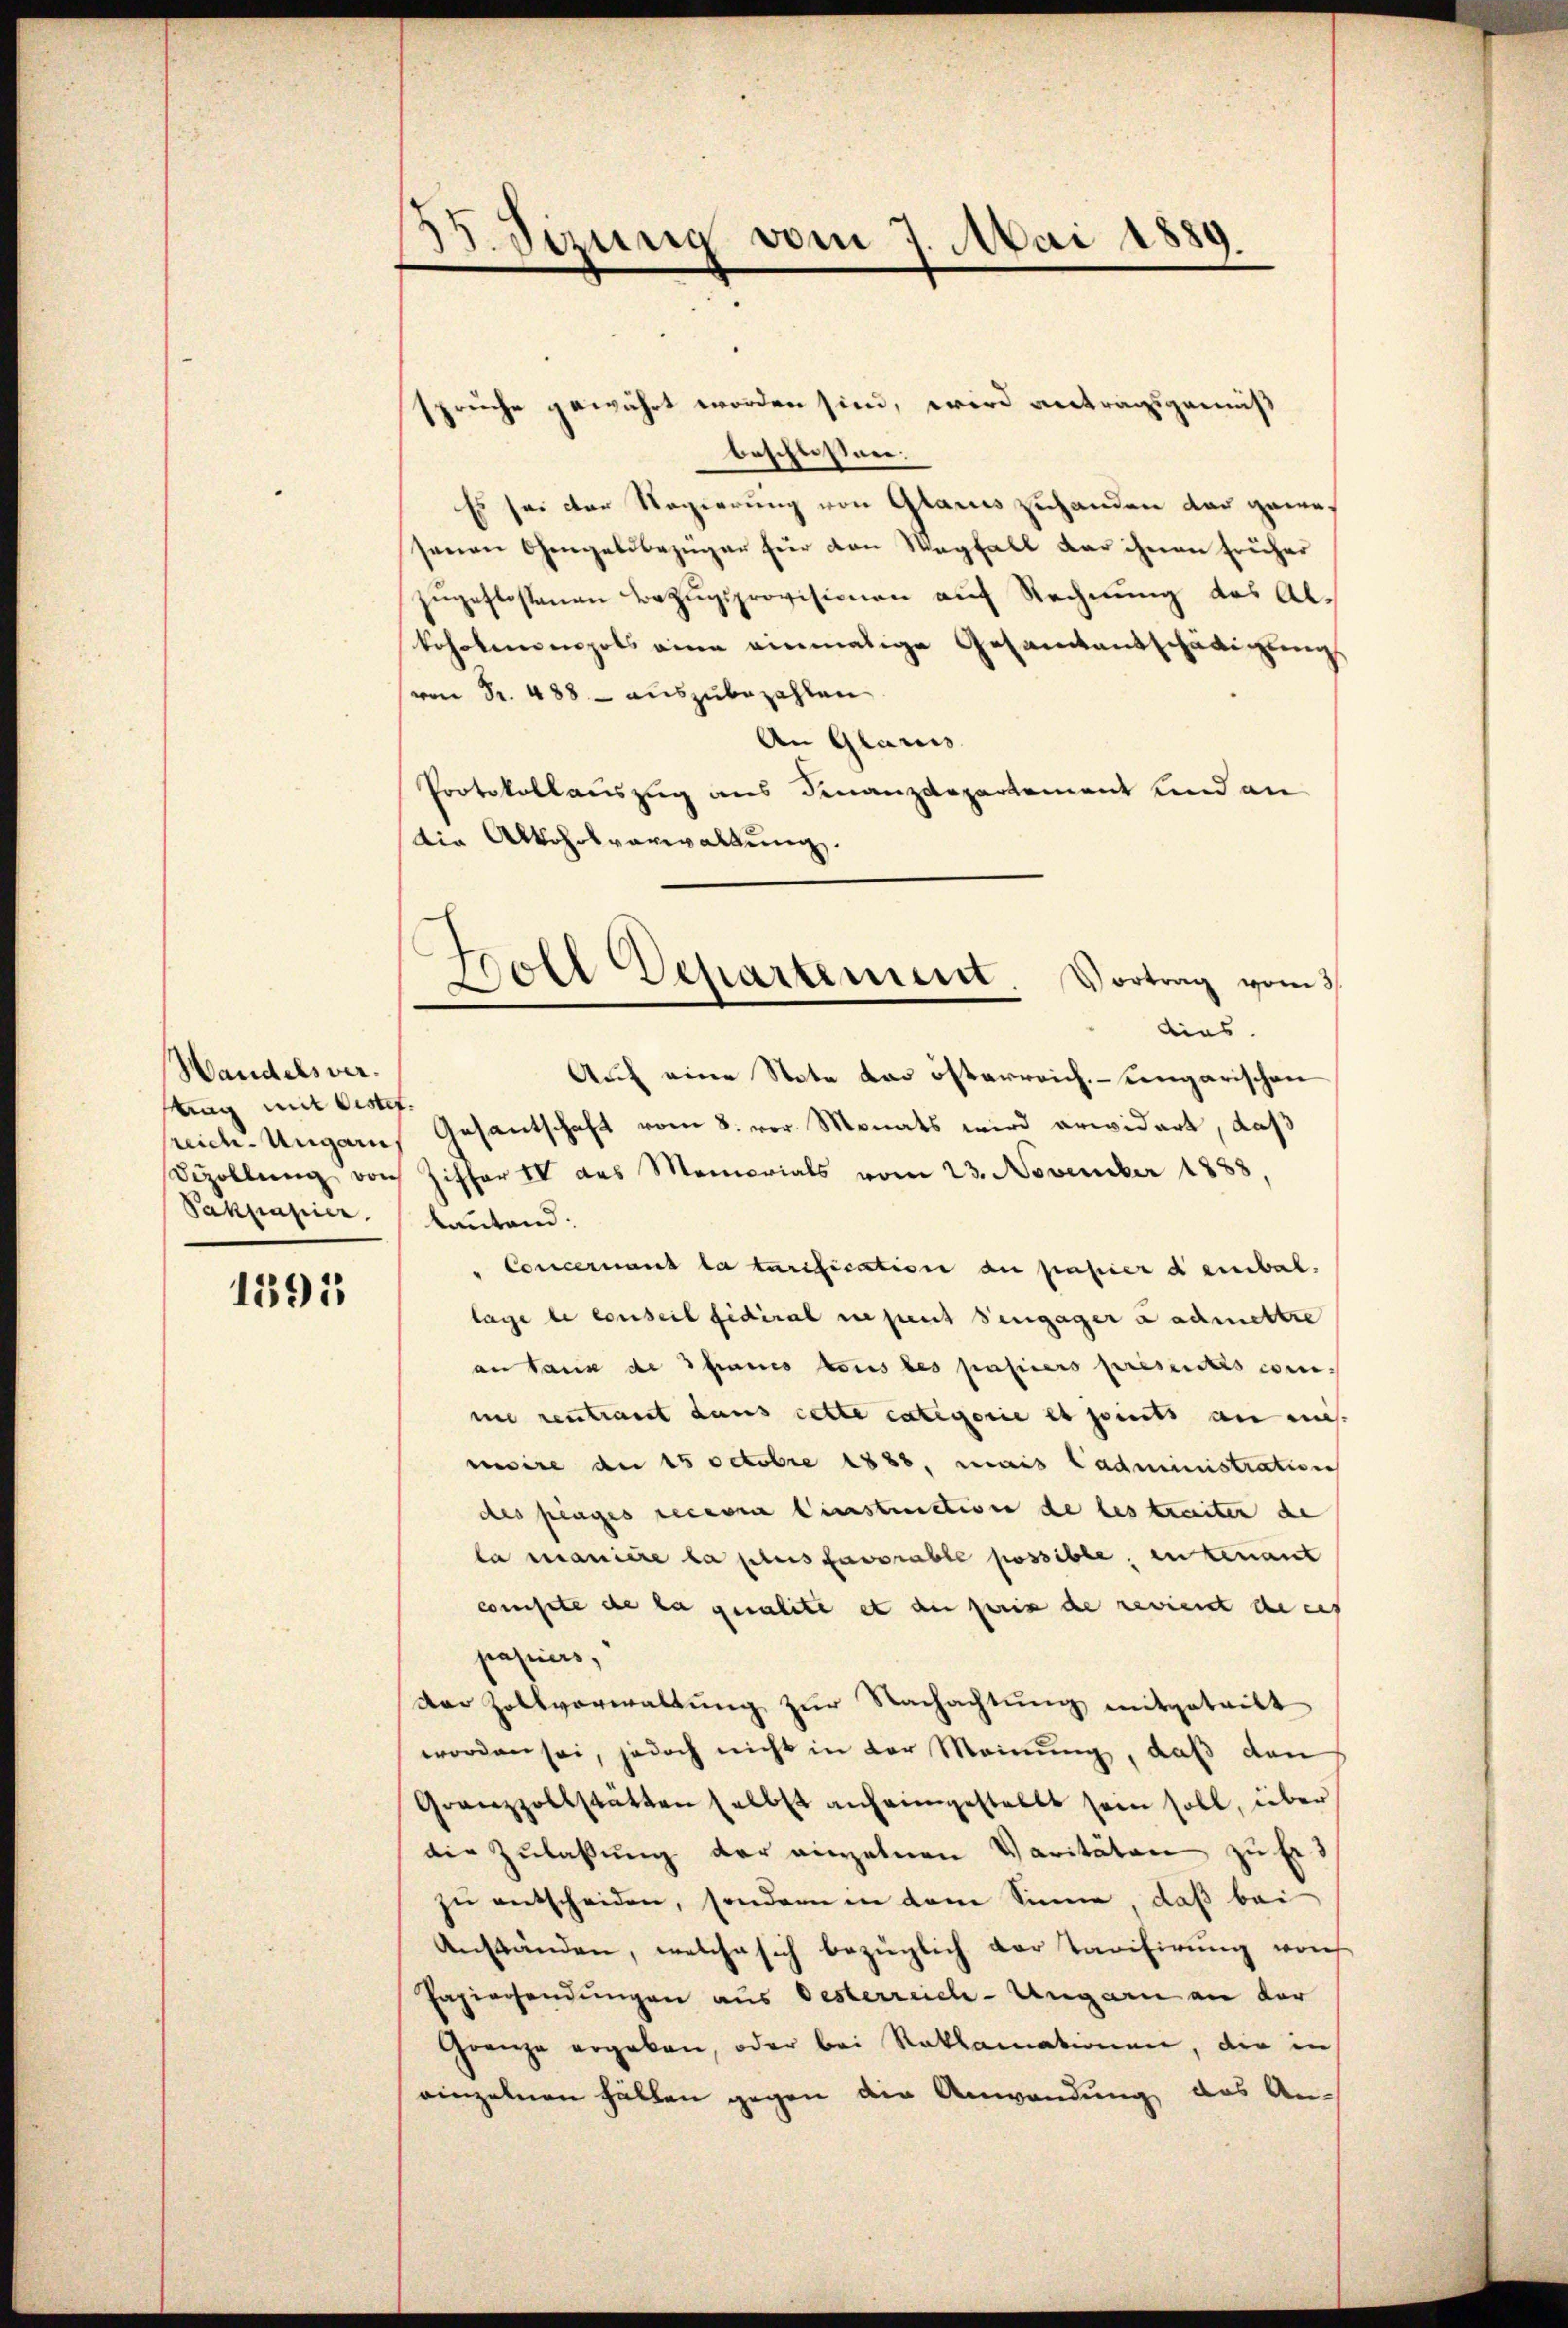
Handels verstag mit Cistet.
Santasier.

1595

33. Sizung vom 7. Mai 1889.

sprüche gewährt worden sind, wird antragsgemäß
beschlossen:
Es sei der Regierung von Glarus zuhanden der gewes
senen Chengeldbezüger für den Wegfall der ihnen früher
zugestossenen Bezugsprovisionen auf Rechnung des Alkohrbarengels eine einmalige Gesamtentschädigungs
von Fr. 488. - auszubezahlen
An Glarus
Protokollauszug aus Finanzdepartement und an
Die Alkohrsverwaltung

C
Doll Departement. Vortrag vom 3
dias.

Auf eine Stete das österreich. Lengarischen
reich-Ungarn, Gesantschaft vom 8. vor Monats wird erwidert, daß
Dezollŭng von Ziffer IV des Memorials vom 23. November 1888,
lautend:
" Concernant la tarification an papier dembal.
lage de conseil fidéral ne peut vengager Lachmettre
an taux de francs tous les passers presentis comme rentraut dans cette categorie et ports an mich
nisire de 15 Octobre 1888. Mais Cadministration
des plages recevra linnstruction de les treiten de
la manière la plus favorable possible, in tenant
compete de la qualite et der prix de revient de ces
papiers,
der Zollverwaltung zur Nachachtung mitgeteilt
worden sei, jedoch nicht in der Meinung, daß den
Grenzzollstätten selbst anheimgestellt sein soll, über
die Zulassung der einzelnen Varitäten zu Er. 3
zu entscheiden, sondern in dem Sinne, daß bei
Anständen, welche sich bezüglich der Tarifirung vors
Papiersendungen aus Oesterreich-Ungarn an der
Grenze ergeben, oder bei Reklamationen, die in
einzelnen Fällen gegen die Anwendung das An¬